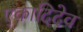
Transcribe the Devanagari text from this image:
एकादिदेव